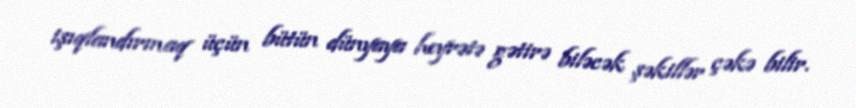
işıqlandırmaq üçün bütün dünyaya heyrətə gətirə biləcək şəkillər çəkə bilir.